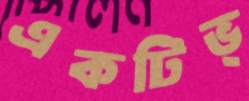
একটিভ্